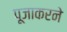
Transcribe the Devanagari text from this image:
पूजाकरने